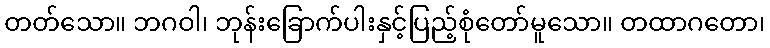
တတ်သော။ ဘဂဝါ၊ ဘုန်းခြောက်ပါးနှင့်ပြည့်စုံတော်မူသော။ တထာဂတော၊